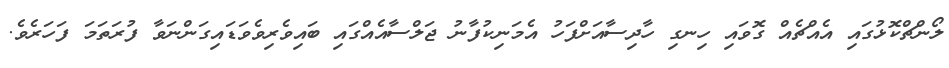
ލޯންޗްކޮޅުގައި އެއްޗެއް ގޮވައި ހިނގި ހާދިސާއަށްފަހު އެމަނިކުފާނު ޖަލްސާއެއްގައި ބައިވެރިވެވަޑައިގަންނަވާ ފުރަތަމަ ފަހަރެވެ.